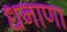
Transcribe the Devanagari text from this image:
धनाणा